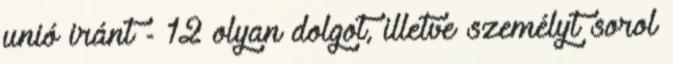
unió iránt - 12 olyan dolgot, illetve személyt sorol